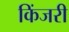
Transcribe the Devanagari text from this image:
किंजरी